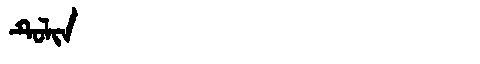
Manchu: ᡨᡠᠯᡳᠨ
Romanization: TULIN